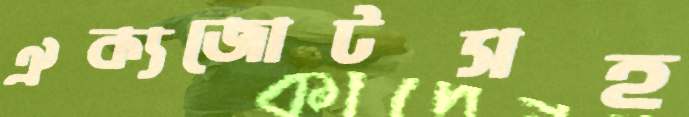
ঐক্যজোটসহ